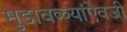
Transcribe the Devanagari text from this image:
मुडावळ्यांऐवजी